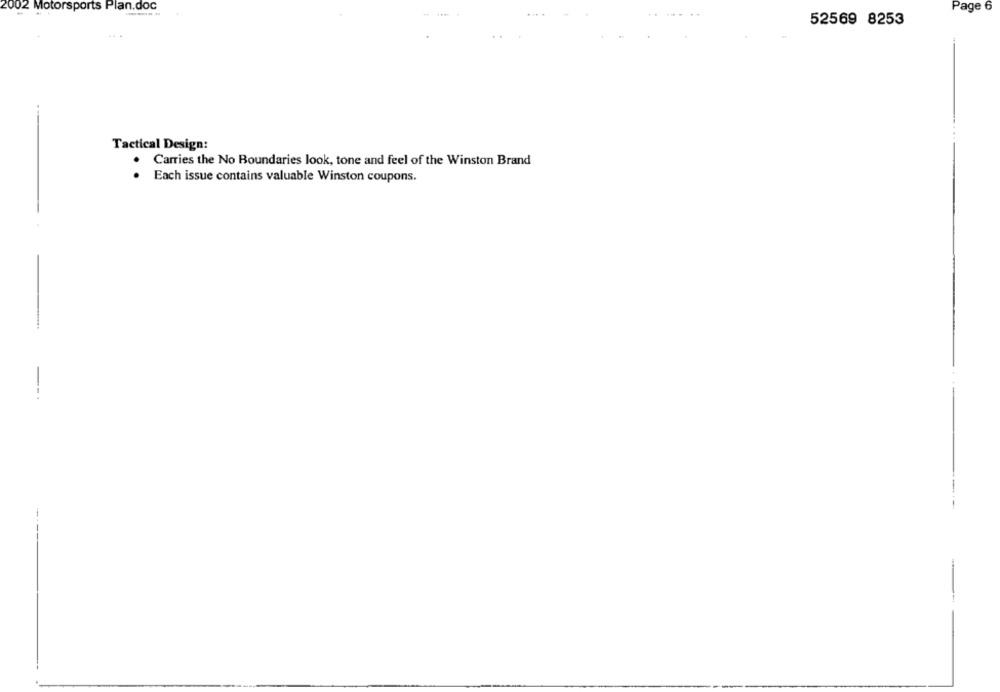
2 Motorsports Plan.doc
Page 6
52569 8253
Tactical Design:
Carries the No Boundaries look, tone and feel of the Winston Brand
Each issue contains valuable Winston coupons.
--
---